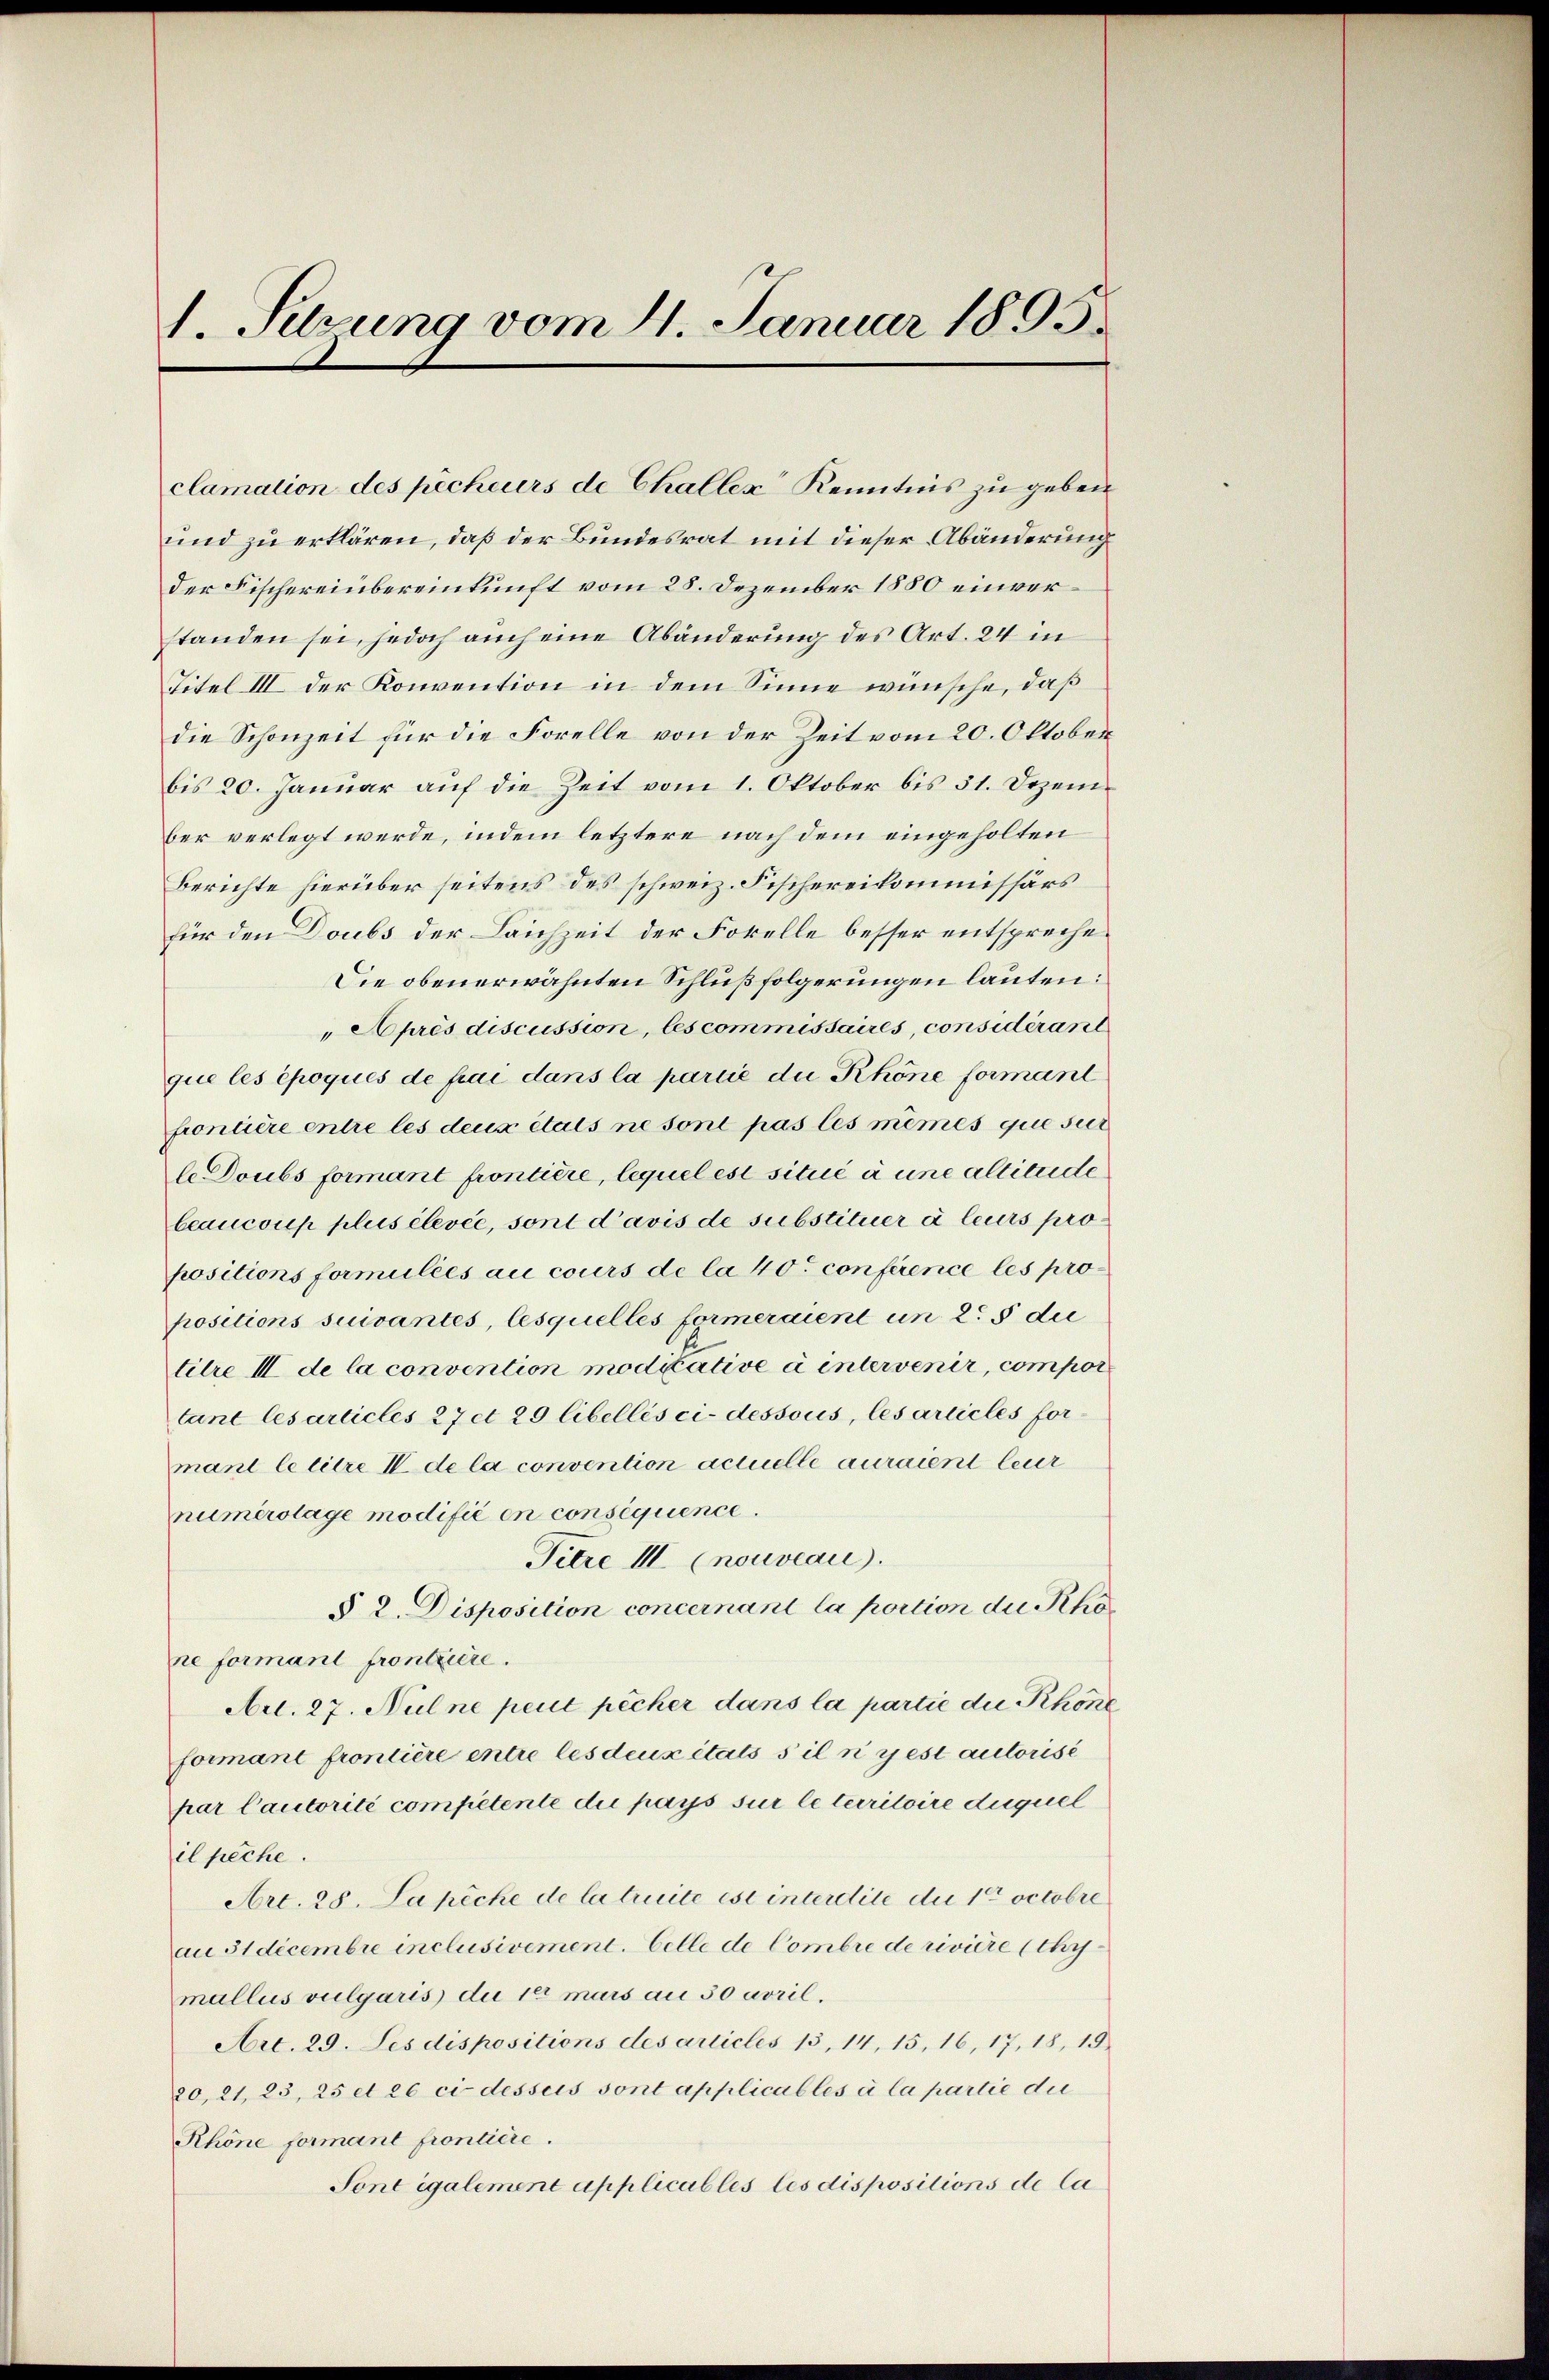
I. Setzung vom 4. Januar 1895.

clamation des pécheurs de Challer Kenntnis zu geben

und zu erklären, daß der Bundesrat mit dieser Abänderung
der Fischereinbereinkunft vom 28. Dezember 1880 einverstanden sei, jedoch auch eine Abänderung des Art. 24 in
Titel III der Konvention in dem Sinne wünsche, daß
die Schonzeit für die Forelle von der Zeit vom 20. Oktober
bis 20. Januar auf die Zeit vom 1. Oktober bis 31. Dezember verlegt werde, indem letztere nach dem eingeholten
Berichte hierüber seitens des schweiz. Fischereikommissärs
für den Doubs der Laichzeit der Forelle besser entspreche¬
Die obenerwähnten Schlußfolgerungen lauten:
Après discussion, les commissaires, considérant
que les époques de frai dans la partie die Khöne formant
frontière entre les deux étals ne sont pas les mêmes que sur
le Doubs formant frontière, lequel est situé à une allitude
beaucoup plus élevée, sont d’avis de substituer à leurs propositions formulies au cours de la 40t conferenice les pro
positions suivantes, lesquelles formeraient un 25 du
titre III de la convention modiative à intervenir, compor
tant lesarticles 27 et 29 libellés ci-dessous, les articles formant le titre II de la convention actuelle auraient leur
numerotage modifié en consequence.
Titre III (nouveau.
§ 2. Disposition concernant la portion du Rho
ne formant frontziere.
Art. 27. Nul ne peut pecher dans la partie die Rhone
formant frontière entre les deux états s il n’y est autorise
par Cautorité competente die pays sur le territoire duquel
il peche.
Art. 28. La peche de la truite est interdite die 10 Octobre
au 31 decembre inclusivement. Celle de Combre de rivière (thy
mallus vulgaris du 18 mars an 30 avril.
Art. 29. Les dispositions des articles 15, 14, 15, 16, 17, 18, 15
20,21, 23, 25 et 26 ci desseis sont applicables à la partie die
Khöne formant frontiere.
Sont également applicables les dispositions de la